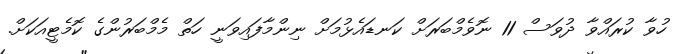
ހުވާ ކުރައްވާ ދުވަސް 11 ނޮވެމްބަރަށް ކަނޑައެޅުމަށް ނިންމާފައިވަނީ ހަތް މެމްބަރުންގެ ކޮމެޓީއަކަށް.